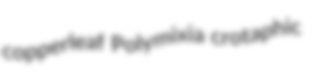
copperleaf Polymixia crotaphic